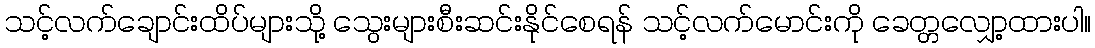
သင့်လက်ချောင်းထိပ်များသို့ သွေးများစီးဆင်းနိုင်စေရန် သင့်လက်မောင်းကို ခေတ္တလျှော့ထားပါ။